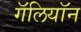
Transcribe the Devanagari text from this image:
गॅलियॉन